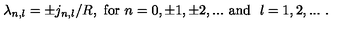
\lambda _ { n , l } = \pm j _ { n , l } / R , \ \mathrm { f o r \ } n = 0 , \pm 1 , \pm 2 , . . . \ \mathrm { a n d \ } \ \l = 1 , 2 , . . . \ .